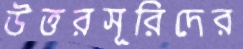
উত্তরসূরিদের